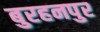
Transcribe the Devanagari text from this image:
बुरहनपुर